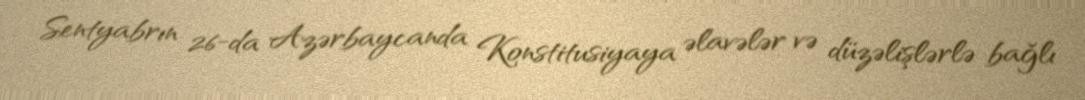
Sentyabrın 26-da Azərbaycanda Konstitusiyaya əlavələr və düzəlişlərlə bağlı